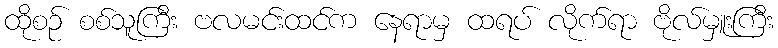
ထိုစဉ် စစ်သူကြီး ဗလမင်းထင်က နေရာမှ ထရပ် လိုက်ရာ ဗိုလ်မှူးကြီး